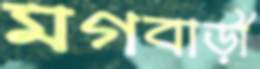
মগবাড়ী